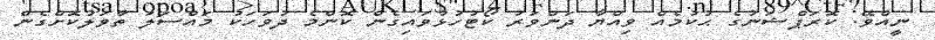
ނީއްވޭ. ކޮރަޕްޝަނުގެ ޙުކުމެއް ވިއްޔާ ދަންވަރު ކޯޓުހުޅުވައިގެން ކޮންމެ ދުވަހަކު މައްސަލަ ތާވަލުކޮށްގެން